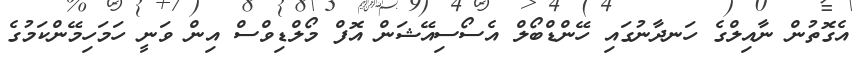
އެގޮތުން ނާއިލްގެ ހަނދާނުގައި ހޭންޑްބޯލް އެސޯސިއޭޝަން އޮފް މޯލްޑިވްސް އިން ވަނީ ހަމަހިމޭންކަމުގެ